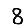
Digit: 8